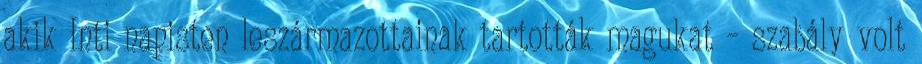
akik Inti napisten leszármazottainak tartották magukat – szabály volt